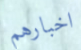
اخبارهم